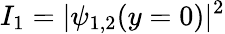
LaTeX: I_{1}=|\psi_{1,2}(y=0)|^{2}